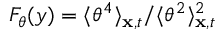
F _ { \theta } ( y ) = \langle \theta ^ { 4 } \rangle _ { \mathbf { x } , t } / \langle \theta ^ { 2 } \rangle _ { \mathbf { x } , t } ^ { 2 }